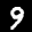
Digit: 9